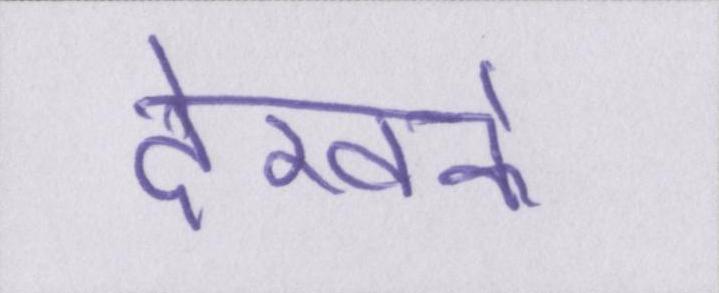
देखके